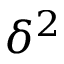
\delta ^ { 2 }